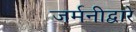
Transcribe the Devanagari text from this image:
जर्मनीद्वारे